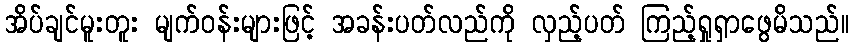
အိပ်ချင်မူးတူး မျက်ဝန်းများဖြင့် အခန်းပတ်လည်ကို လှည့်ပတ် ကြည့်ရှုရှာဖွေမိသည်။